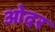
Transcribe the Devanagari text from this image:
ओदर